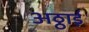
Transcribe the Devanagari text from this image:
अठ्ठाई